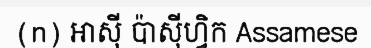
(n) អាស៊ី ប៉ាស៊ីហ្វិក Assamese